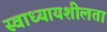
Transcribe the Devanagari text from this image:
स्वाध्यायशीलता